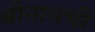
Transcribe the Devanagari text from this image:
श्रीनाथची